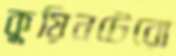
কুয়িনটেরো